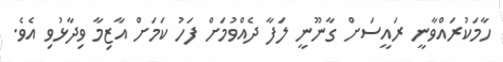
ހާމަކުރައްވާނީ ރައީސަށް ގާނޫނީ ލަފާ ދެއްވުމަށް ފަހު ކަމަށް އާޒިމާ ވިދާޅުވި އެވެ.